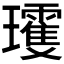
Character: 𱰀